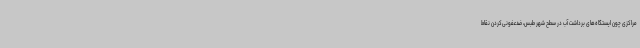
مراکزی چون ایستگاه‌های برداشت آب در سطح شهر طبس، ضدعفونی‌کردن نقاط